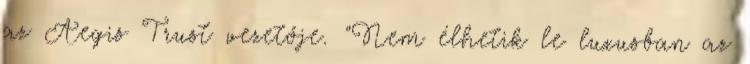
az Aegis Trust vezetője. "Nem élhetik le luxusban az